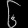
Digit: ၆